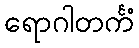
ရောဂါတင်္ကံ